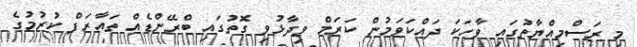
މި ރަސްމިއްޔާތުގައި ވާހަކަ ދައްކަވަމުން ކަރަމް ވިދާޅުވި ގޮތުގައި ބްރޭންޑެއް ތައާރަފް ކުރުމުގެ